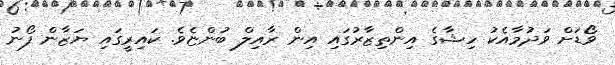
ވޯޑަށް ވަދުމާއެކު ހިޝާގެ އިންތިޒާރުގައި އިން ރާއިލް ބުންޏެވެ. ކައިރީގައި ޔަޒާން ފޯނު